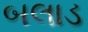
બલાડ